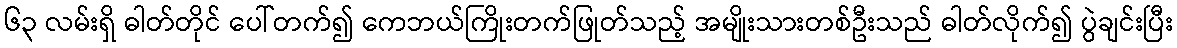
၆၃ လမ်းရှိ ဓါတ်တိုင် ပေါ်တက်၍ ကေဘယ်ကြိုးတက်ဖြုတ်သည့် အမျိုးသားတစ်ဦးသည် ဓါတ်လိုက်၍ ပွဲချင်းပြီး